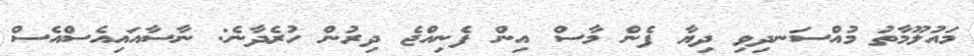
މައުލޫމާތު މުއްސަނދިވި ދިޔާ ފެން މާސް އިން ފެނިއްޖެ ދިރުން ހުރެދާނެ: ނާސާއައިއެސްއެސް